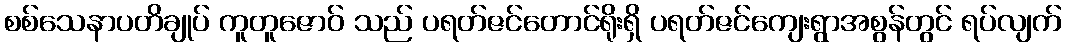
စစ်သေနာပတိချုပ် ကူတူဇောဝ် သည် ပရတ်ဇင်တောင်ရိုးရှိ ပရတ်ဇင်ကျေးရွာအစွန်တွင် ရပ်လျက်